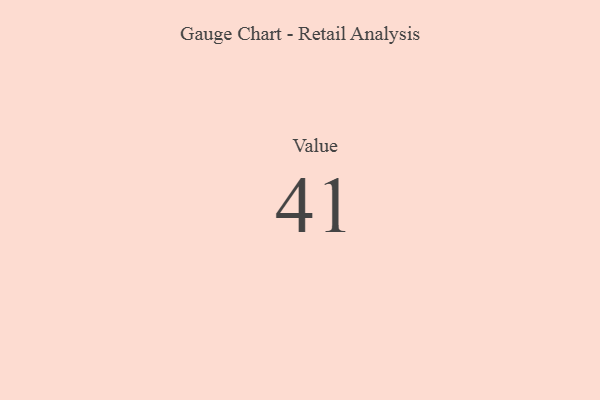
{"axis": {"x": "Metric", "y": "Value"}, "legend": [""], "data": [{"x": "Value", "y": 41, "type": ""}]}